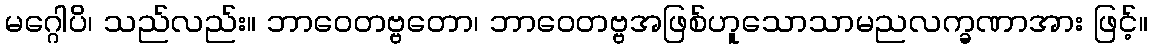
မဂ္ဂေါပိ၊ သည်လည်း။ ဘာဝေတဗ္ဗတော၊ ဘာဝေတဗ္ဗအဖြစ်ဟူသောသာမညလက္ခဏာအား ဖြင့်။